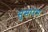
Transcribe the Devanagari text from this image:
सुसारन